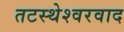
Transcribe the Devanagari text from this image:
तटस्थेश्वरवाद